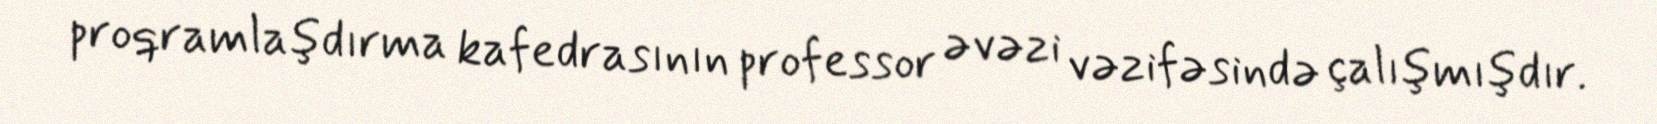
proqramlaşdırma kafedrasının professor əvəzi vəzifəsində çalışmışdır.